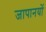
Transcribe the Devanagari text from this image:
जापानयों